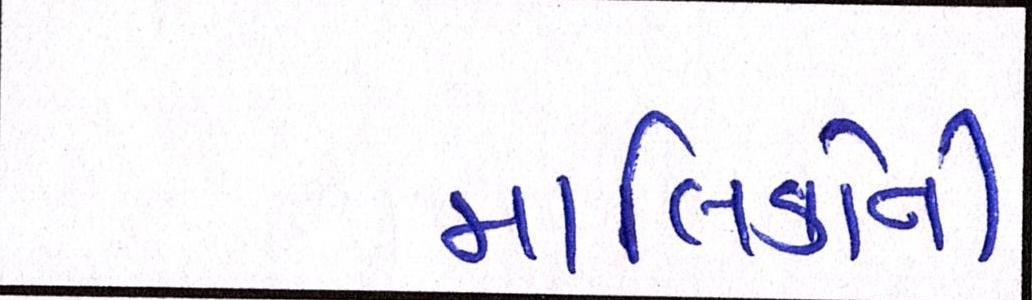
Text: માલિકોની